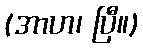
(အာဟ၊ ပြီ။)